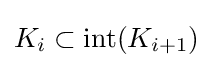
K_{i}\subset {\text{int}}(K_{i+1})